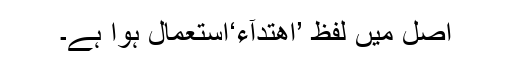
اصل میں لفظ ’اِھْتِدَآء‘استعمال ہوا ہے۔